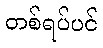
တစ်ရပ်ပင်